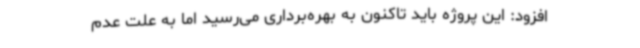
افزود: این پروژه باید تاکنون به بهره‌برداری می‌رسید اما به علت عدم